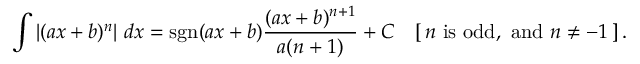
\int \left| ( a x + b ) ^ { n } \right| \, d x = \operatorname { s g n } ( a x + b ) { \frac { ( a x + b ) ^ { n + 1 } } { a ( n + 1 ) } } + C \quad [ \, n { \mathrm { ~ i s ~ o d d , ~ a n d ~ } } n \neq - 1 \, ] \, .